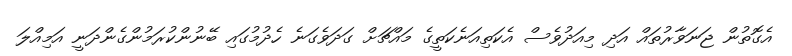
އެގޮތުން ޖަނަވާރުތައް އަދި މިއަދުވެސް އެކަތިއަނެކަތީގެ މައްޗަށް ގަދަވެގަނެ ހެދުމުގައި ބޭނުންކުރަމުންގެންދަނީ އަމިއްލަ